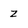
Character: z